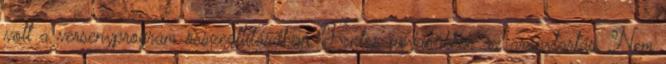
volt a versenyprogram összeállításában. Fontos ugyanakkor az aránytartás. Nem